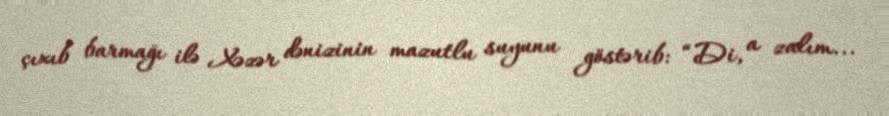
çıxıb barmağı ilə Xəzər dənizinin mazutlu suyunu göstərib: “Di, a zalım...